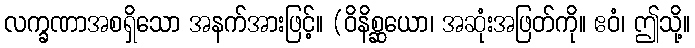
လက္ခဏာအစရှိသော အနက်အားဖြင့်။ (ဝိနိစ္ဆယော၊ အဆုံးအဖြတ်ကို။ ဧဝံ၊ ဤသို့။